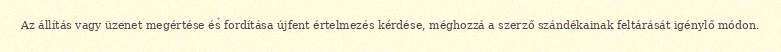
Az állítás vagy üzenet megértése és fordítása újfent értelmezés kérdése, méghozzá a szerző szándékainak feltárását igénylő módon.